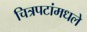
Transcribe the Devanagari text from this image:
चित्रपटांमधले